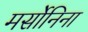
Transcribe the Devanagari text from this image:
मर्सोनिना